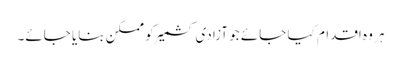
ہر وہ اقدام کیا جائے جو آزادی کشمیر کو ممکن بنایا جائے۔